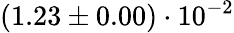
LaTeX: (1.23\pm 0.00)\cdot 10^{-2}